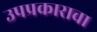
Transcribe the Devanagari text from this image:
उपप्रकाराचा